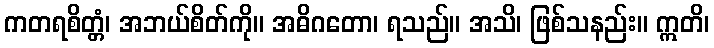
ကတရစိတ္တံ၊ အဘယ်စိတ်ကို။ အဓိဂတော၊ ရသည်။ အသိ၊ ဖြစ်သနည်း။ ဣတိ၊